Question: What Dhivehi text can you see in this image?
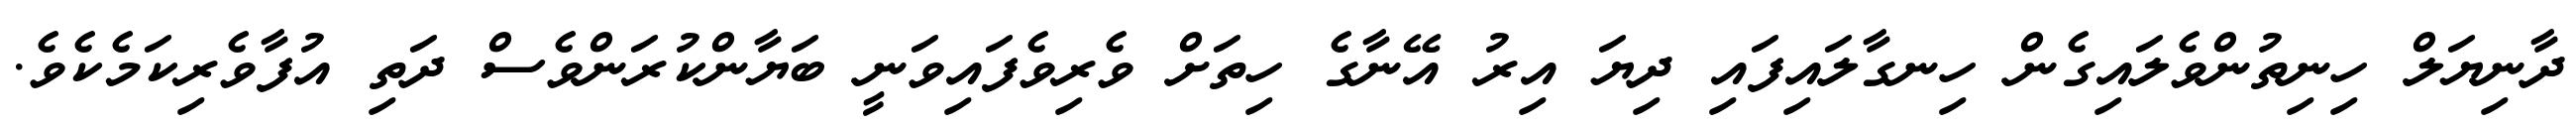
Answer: ދާނިޔަލް ހިނިތުންވެލައިގެން ހިނގާލައިފައި ދިޔަ އިރު އޭނާގެ ހިތަށް ވެރިވެފައިވަނީ ބަޔާންކުރަންވެސް ދަތި އުފާވެރިކަމެކެވެ.